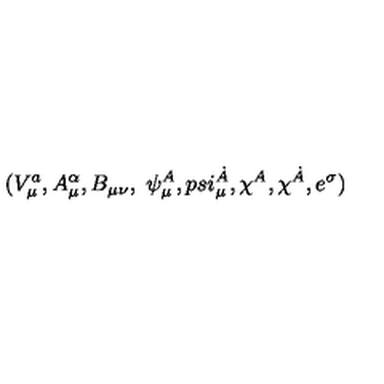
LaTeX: ( V _ { \mu } ^ { a } , A _ { \mu } ^ { \alpha } , B _ { \mu \nu } , \ \psi _ { \mu } ^ { A } , p s i _ { \mu } ^ { \dot { A } } , \chi ^ { A } , \chi ^ { \dot { A } } , e ^ { \sigma } )